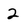
Character: 2